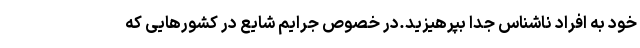
خود به افراد ناشناس جدا بپرهیزید.در خصوص جرایم شایع در کشورهایی که